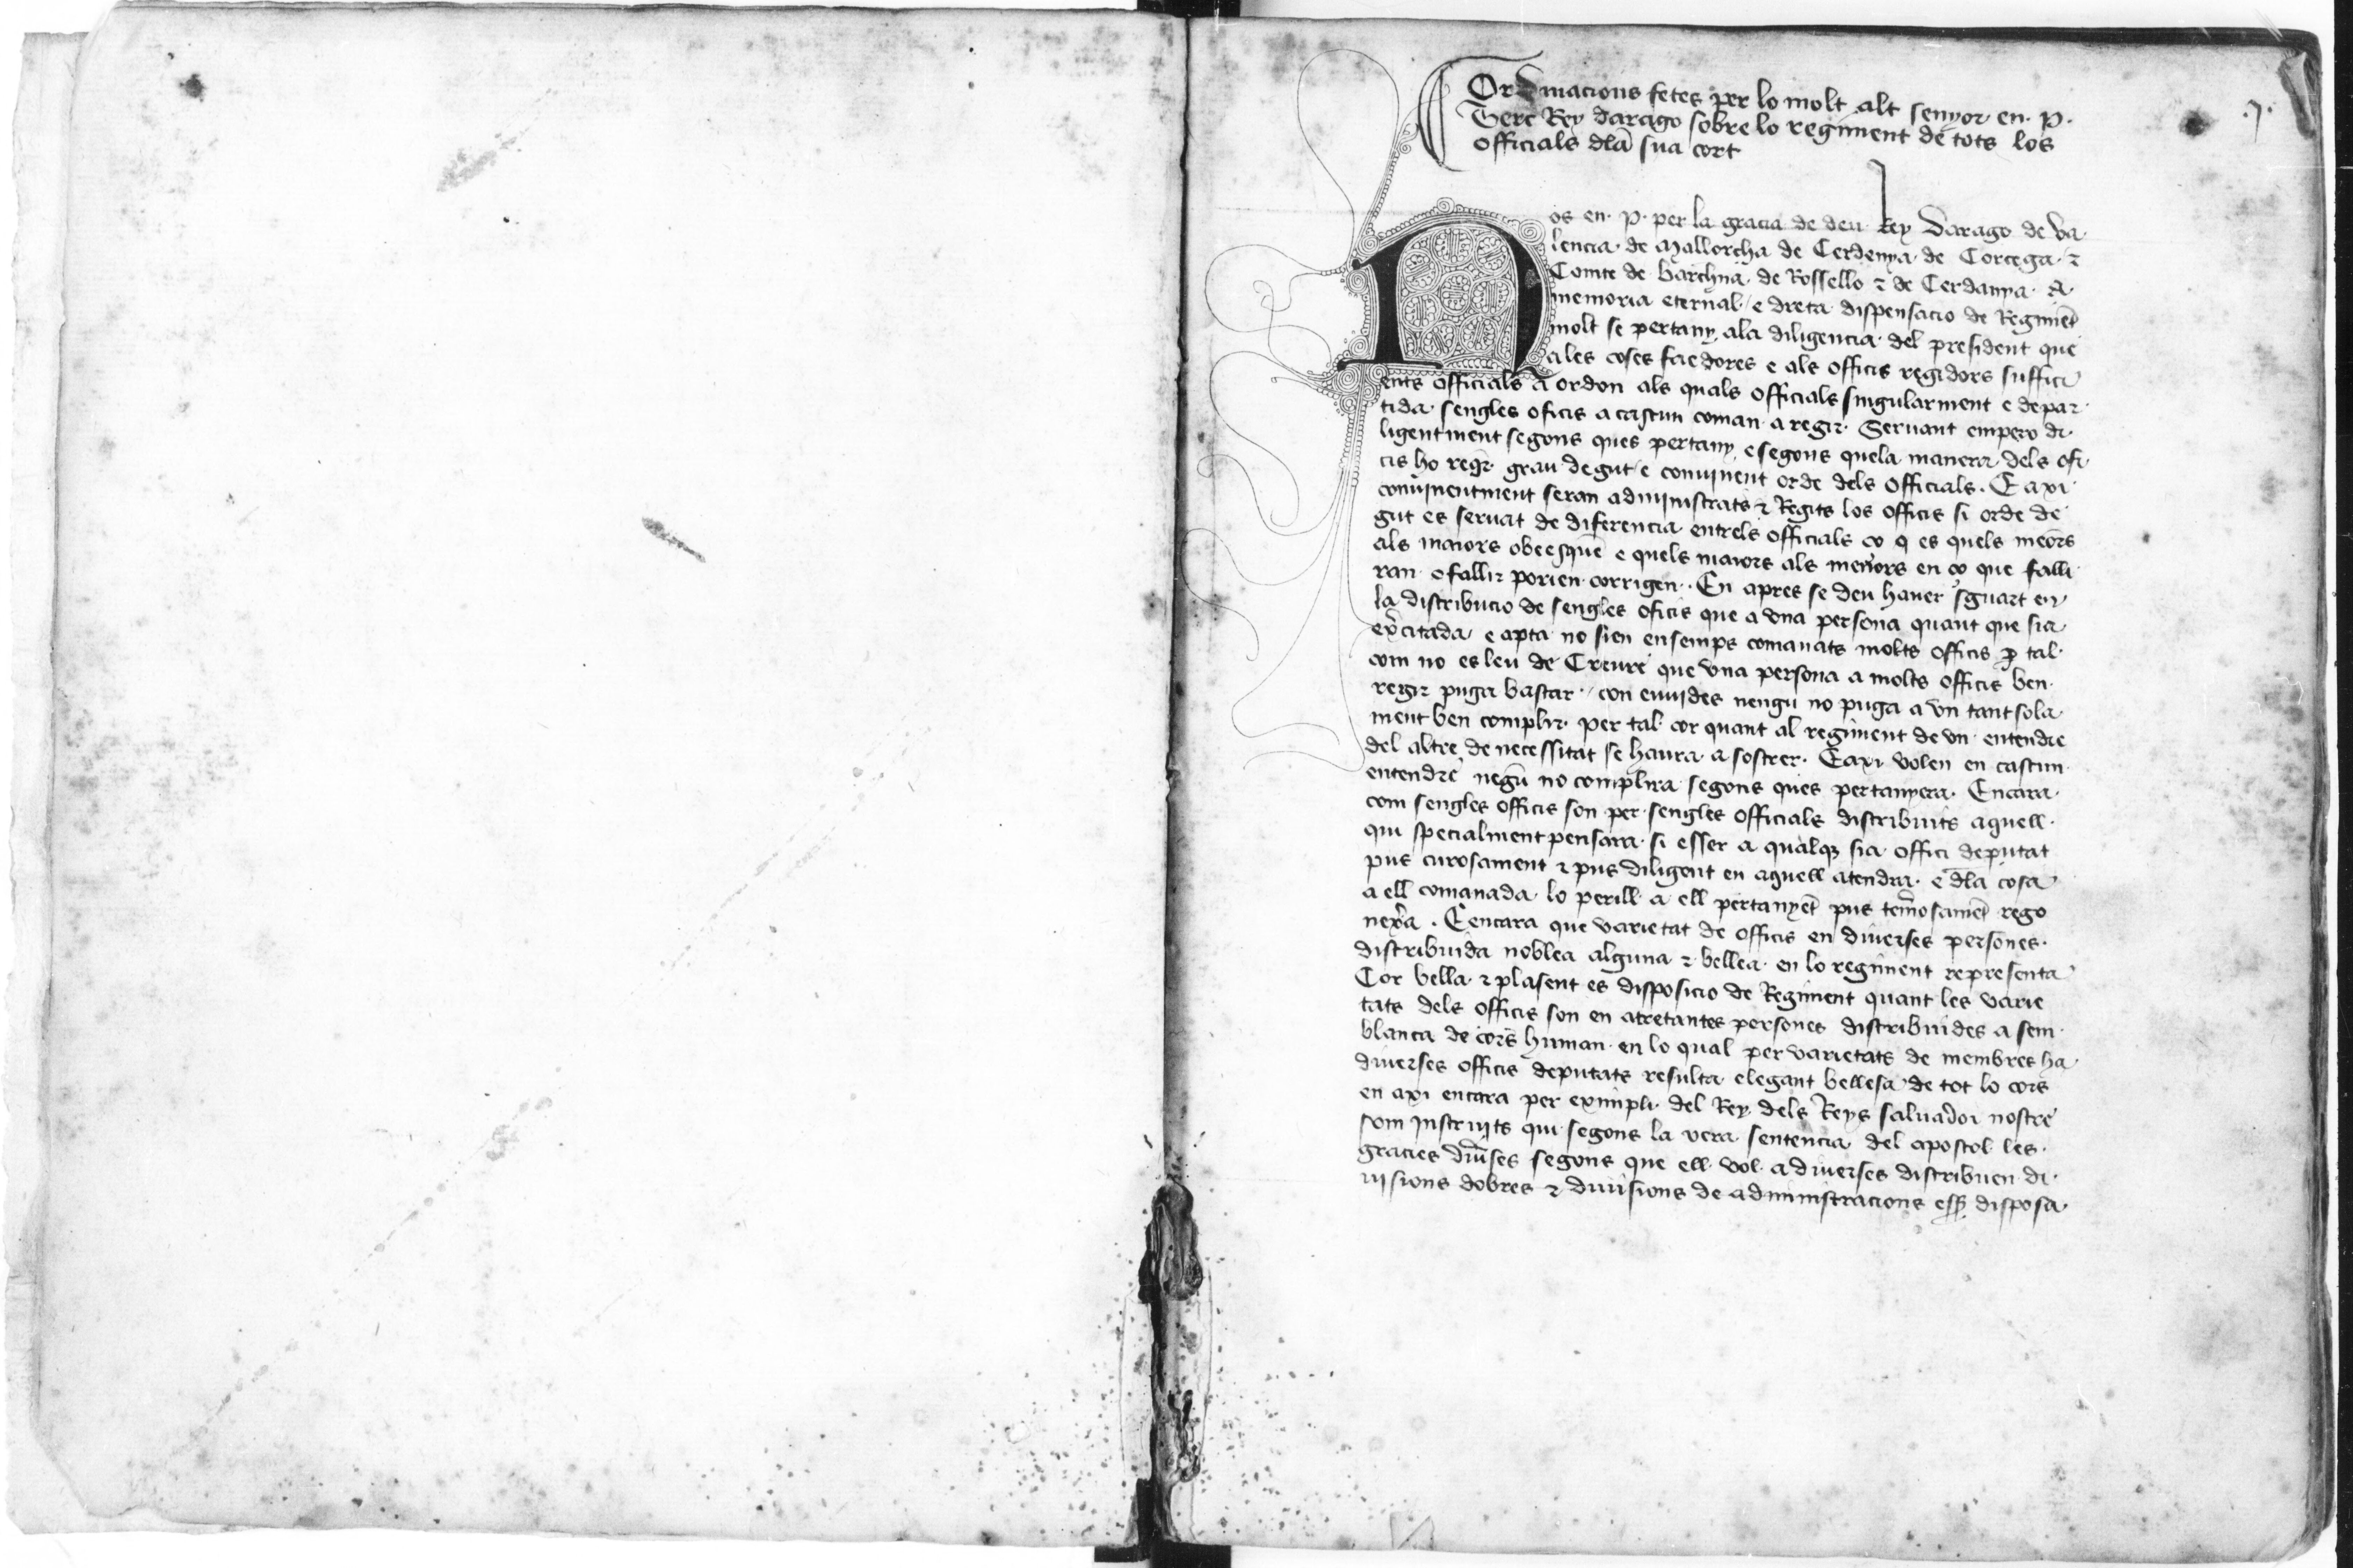
Shelfmark: Paris, BnF, esp. 98
Century: 15